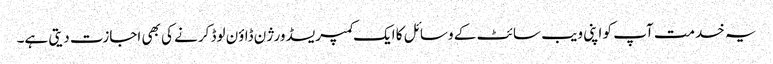
یہ خدمت آپ کو اپنی ویب سائٹ کے وسائل کا ایک کمپریسڈ ورژن ڈاؤن لوڈ کرنے کی بھی اجازت دیتی ہے۔